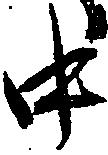
中